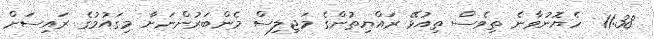
11:38  ހެޔޮނުވާނެ ތިވެސް ތިއުޅޭ ރައްޔިތުންގެ މަޖިލިސް މެންބަރުންނަށާ މިގައުމުގެ ރައިސަށް